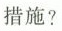
措施?